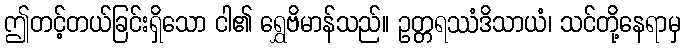
ဤတင့်တယ်ခြင်းရှိသော ငါ၏ ရွှေဗိမာန်သည်။ ဥတ္တရဿံဒိသာယံ၊ သင်တို့နေရာမှ